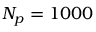
N _ { p } = 1 0 0 0